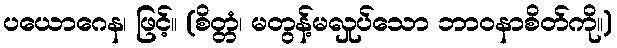
ပယောဂေန၊ ဖြင့်။ (စိတ္တံ၊ မတွန့်မလှုပ်သော ဘာဝနာစိတ်ကို။)